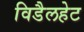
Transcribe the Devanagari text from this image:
विडैलहेट